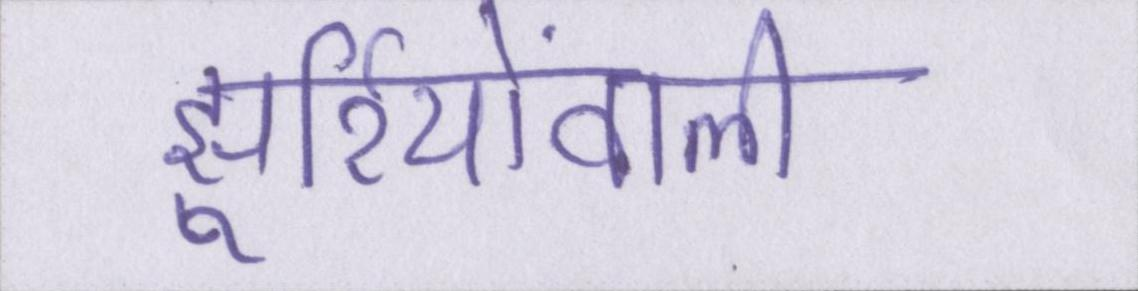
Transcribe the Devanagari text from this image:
झुर्रियोंवाली